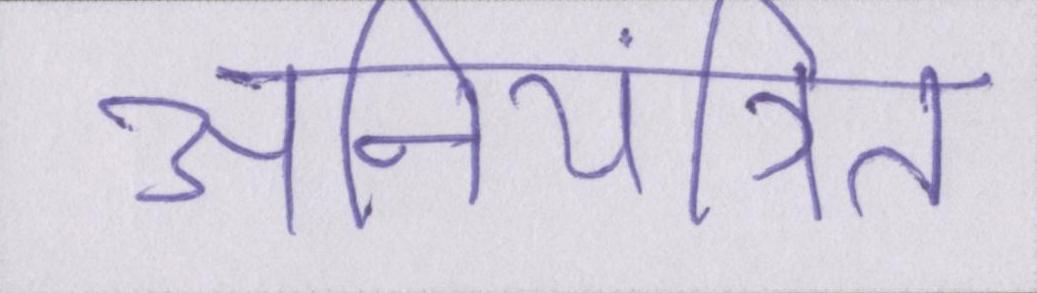
अनियंत्रित